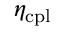
\eta _ { \mathrm { c p l } }